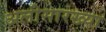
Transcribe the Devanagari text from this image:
अलीसारख्या